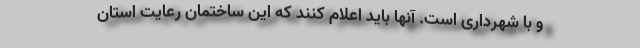
و با شهرداری است. آنها باید اعلام کنند که این ساختمان رعایت استان